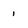
Character: 1